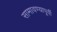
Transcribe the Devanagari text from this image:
सामावण्यापूर्वी